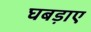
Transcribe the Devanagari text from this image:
घबड़ाए